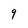
Character: q